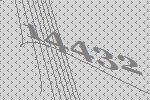
14432